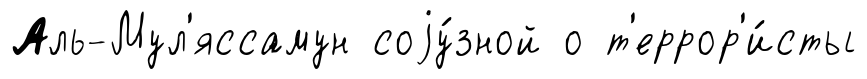
Аль-Мул'яссамун соjу́зной о т'еррор'и́сты